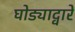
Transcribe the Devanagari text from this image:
घोड्याद्वारे